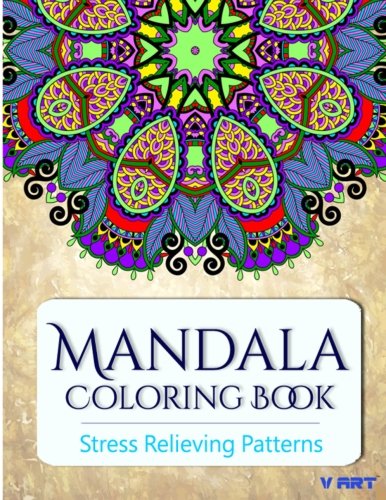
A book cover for Mandala Coloring Book: Coloring Books for Adults : Stress Relieving Patterns (Volume 18); Coloring Books For Adults; Arts & Photography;